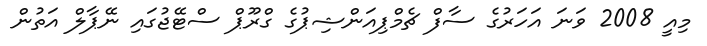
މިއީ 2008 ވަނަ އަހަރުގެ ސާފް ޗެމްޕިއަންޝިޕުގެ ގްރޫޕް ސްޓޭޖުގައި ނޭޕާލް އަތުން